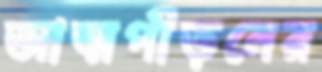
আত্মপীড়নের